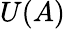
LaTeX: U(A)